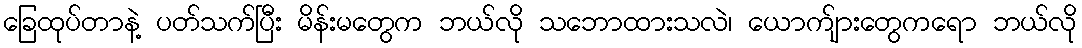
ခြေထုပ်တာနဲ့ ပတ်သက်ပြီး မိန်းမတွေက ဘယ်လို သဘောထားသလဲ၊ ယောက်ျားတွေကရော ဘယ်လို